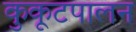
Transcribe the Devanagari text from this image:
कुकूटपालन